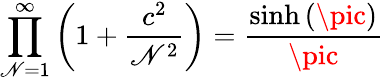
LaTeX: \prod_{\mathscr{N}=1}^{\infty}\left(1+\frac{{c^{2}}}{{\mathscr{N}^{2}}}\right)=\frac{{\sinh\left(\pic\right)}}{{\pic}}